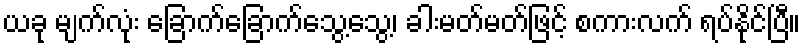
ယခု မျက်လုံး ခြောက်ခြောက်သွေ့သွေ့၊ ခါးမတ်မတ်ဖြင့် စကားလက် ရပ်နိုင်ပြီ။